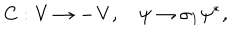
C : \bf { V } \to - \bf { V } , \quad \psi \to { \sigma } _ { 1 } { \psi } ^ { * } ,